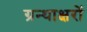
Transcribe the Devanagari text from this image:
ग्रन्थाक्षरों